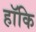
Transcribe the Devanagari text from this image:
हॉकि